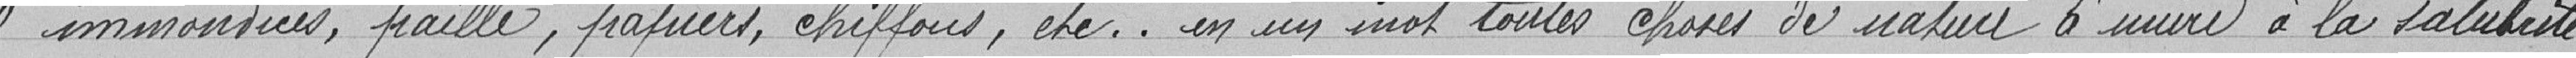
"immondices, paille, papiers, chiffons, etc .. en un mot toutes choses de nature à nuire à la salubrité